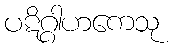
ပဋိဂ္ဂါဟကေသု